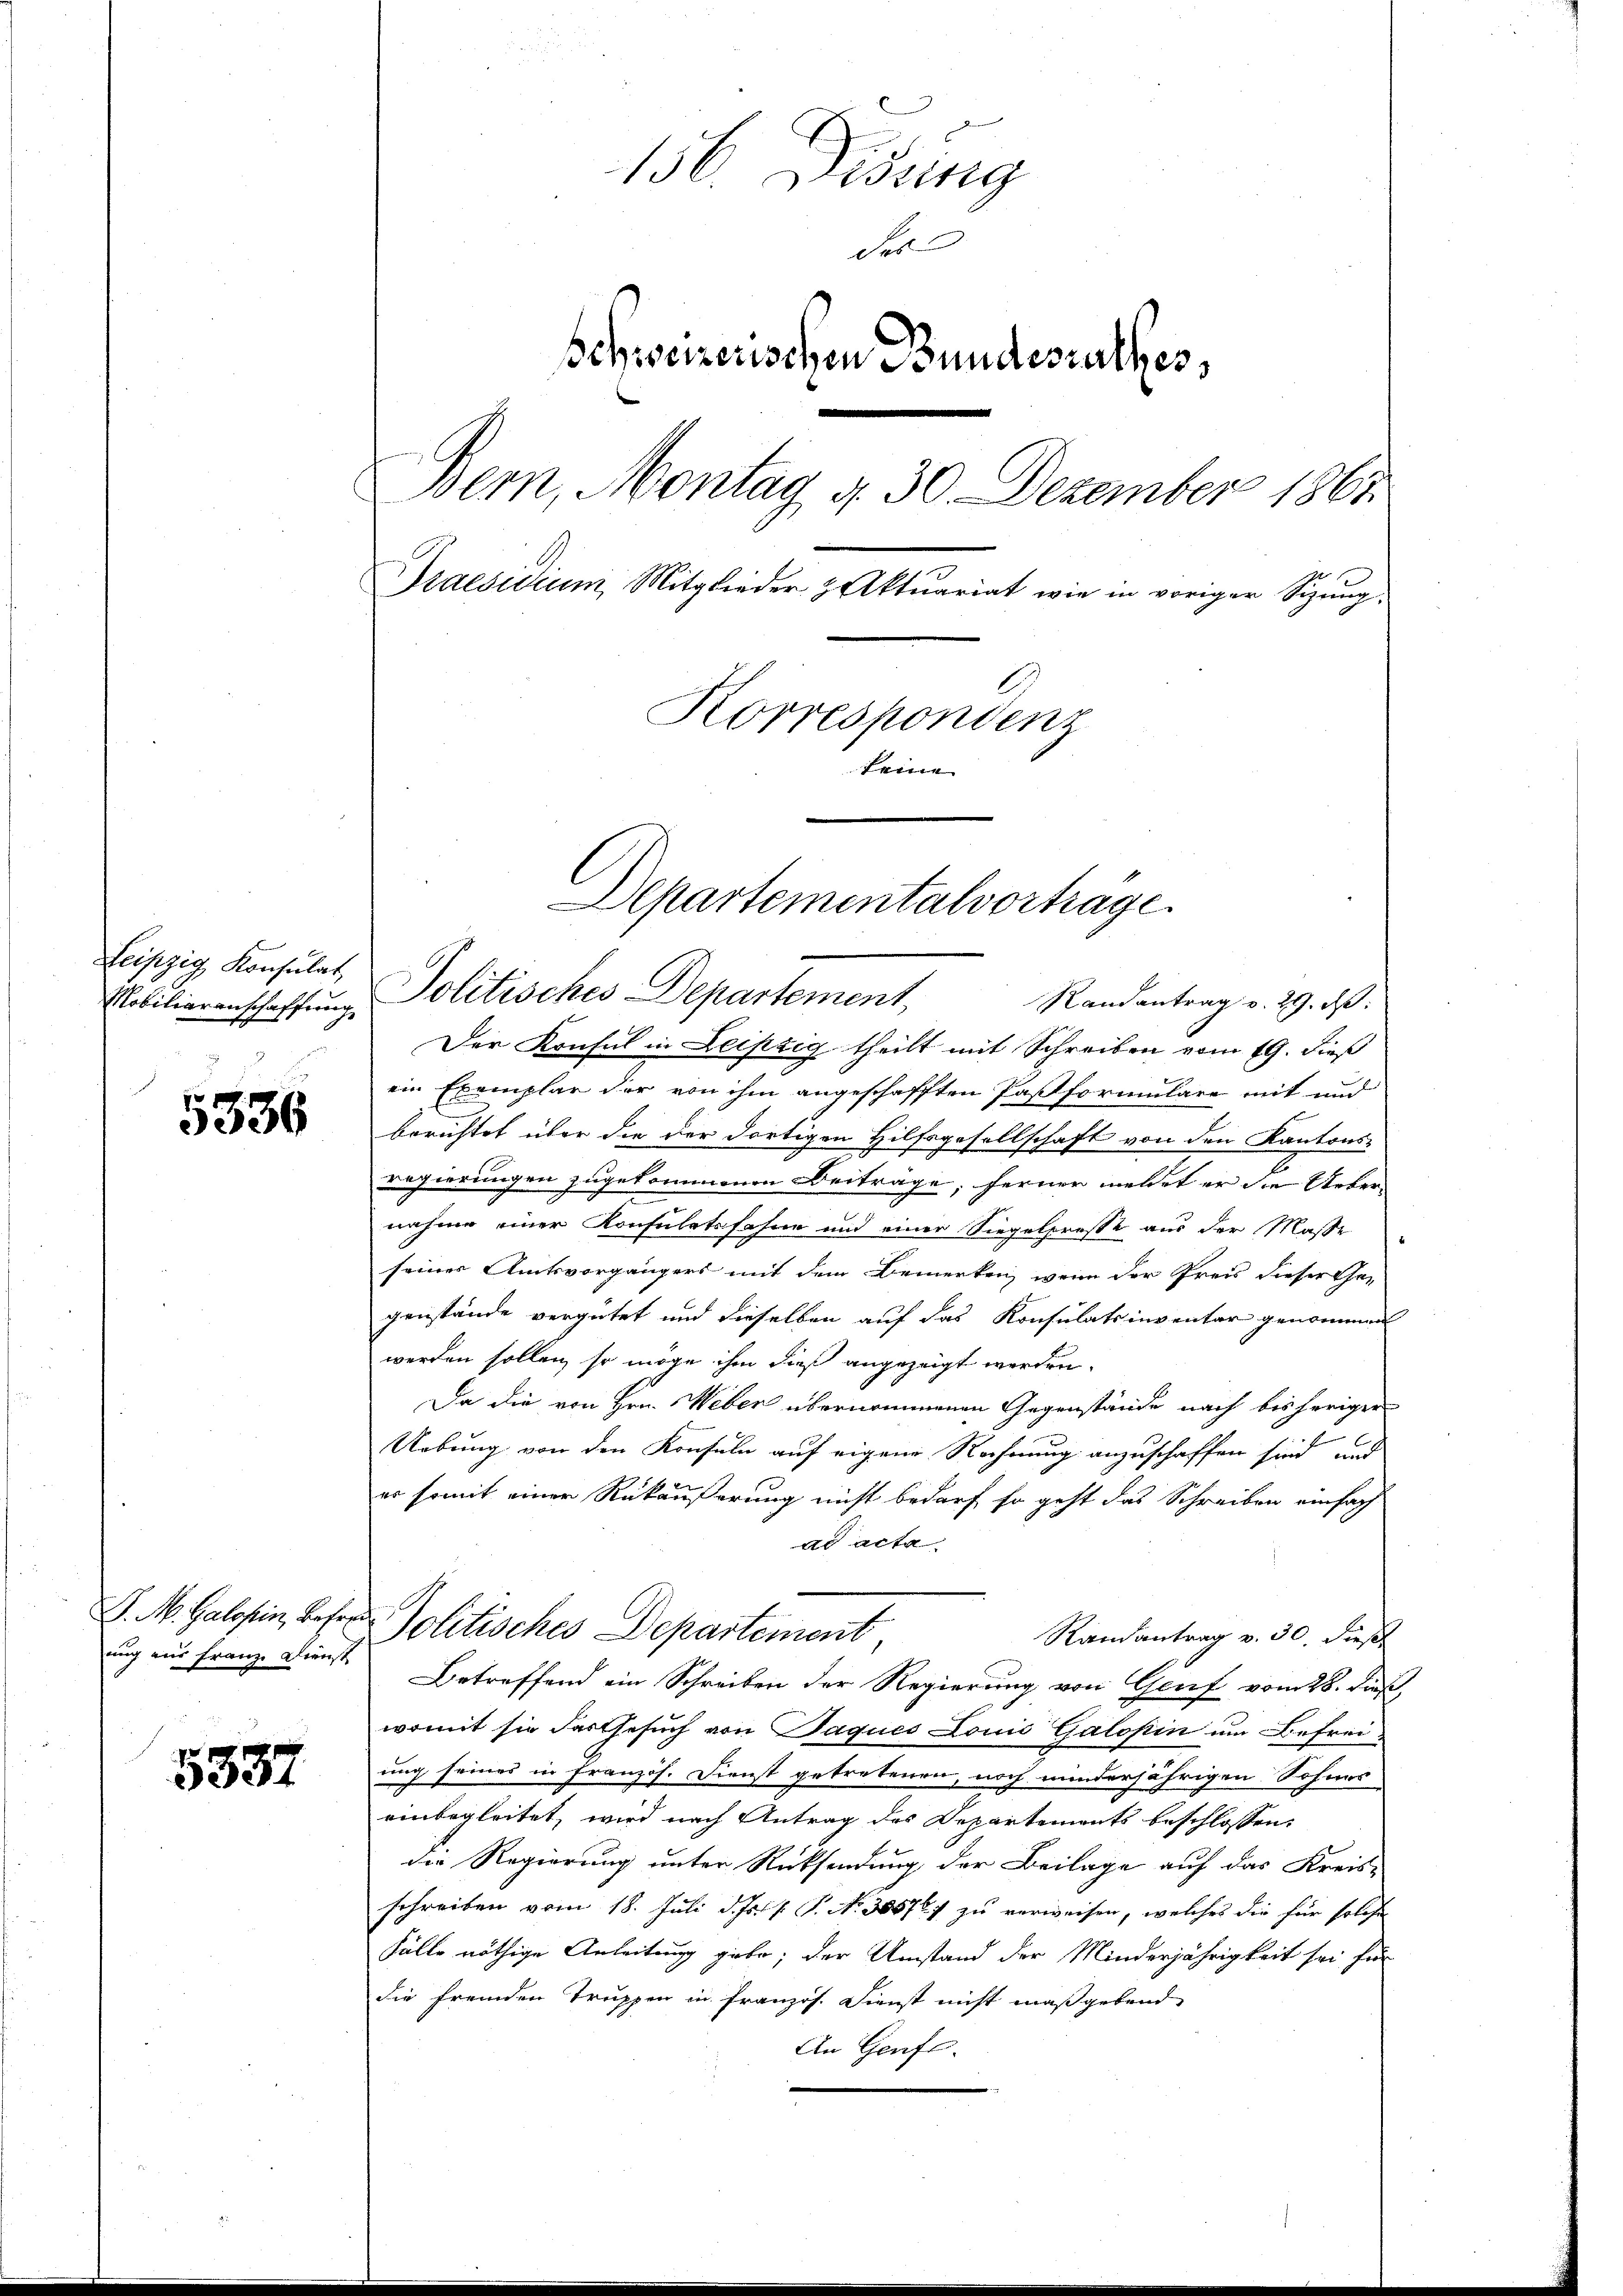
Leipzig Konsulat
Mobiliarenschaffung

5336

S. M. Galopin, Befr
nug aus Franz Dienst

5337

156. Dissing
des
Schweizerischen Bundesrathes,
Bern, Montag 4. 30. Dezember 1865.
Praesidium Mitglieder & Aktuariat wie in voriger Sizung,
Korrespondenz
keine

Departementalvorträge
Politisches Departement,
Randantrag v. 29. d.

Der Konsul in Leipzig theilt mit Schreiben vom 19. dieß
ein Exemplar der von ihm angeschafften Pastformulare mit und
berichtet über die der dortigen Hilfsgesellschaft von den Kantons-
regierungen zugekommenen Beiträge; ferner meldet er die Uebernahme einer Konsulatsfahne und einer Siegelpresse aus der Masse
seiner Amtsvorgängers mit dem Bemerken, wenn der Preis dieser Ge-
genstände vergütet und dieselben auf das Konsulatsinventar genommen
werden sollen, so möge ihm dieß angezeigt werden.
Da die von Hrn. Weber übernommenen Gegenstände nach bisherigen
Uebung von den Konsuln auf eigene Rechnung anzuschaffen sind, und
er somit einer Rükäußerung nicht bedarf so geht das Schreiben einfach
ad acta
 Politisches Departement,
Randantrag v. 30. dieß
Betreffend ein Schreiben der Regierung von Genf vom 28. Fuß,
womit sie das Gesuch von Paques Louis Galopin um Befrei-
ung seines in Französ. Dienst getretenen, noch minderjährigen Sohnes
einbegleitet, wird nach Antrag des Departements beschlossen:
die Regierung unter Rücksendung der Beilage auf das Kreis-
schreiben vom 18. Juli d. Js. v. P. No. 305767 zu verweisen, welches die für solche
Fälle nöthige Anleitung giebe; der Umstand der Minderjährigkeit sei für
die fremden Truppen in französ. Dienst nicht maßgebend
An Genfl.